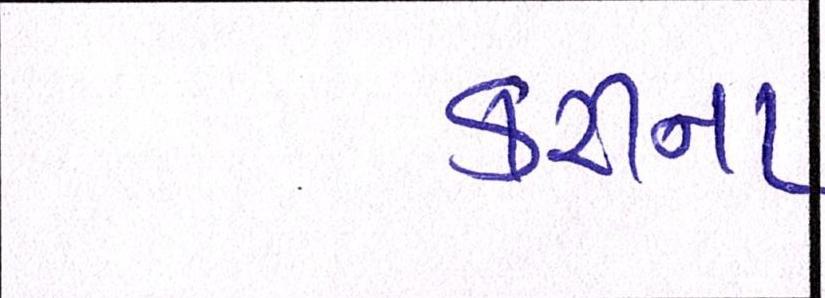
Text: કરીના